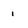
Character: 1